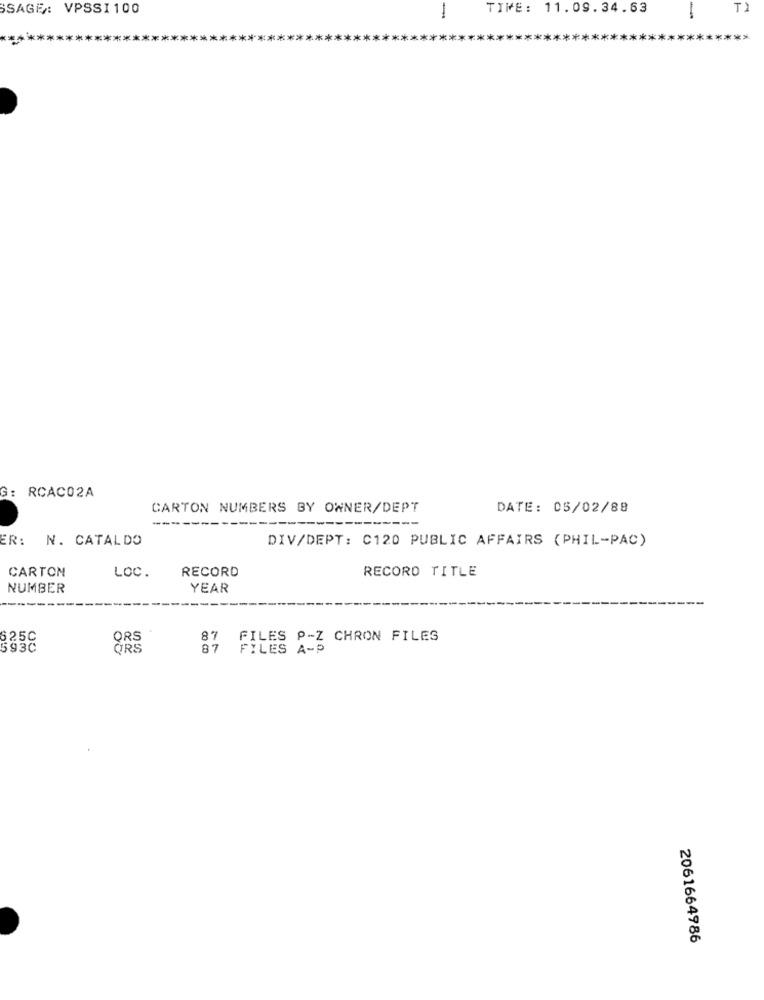
SSAGE: VPSSI100
TIME: 11.09.34.63
-
-
*********
**************
***
***********
****
******** >
G: RCACO2A
CARTON NUMBERS BY OWNER/DEPT
DATE: 05/02/88
--
ER: N. CATALDO
DIV/DEPT: C120 PUBLIC AFFAIRS (PHIL-PAC)
CARTON
LOC.
RECORD
RECORD TITLE
NUMBER
YEAR
---
625C
QRS
87
FILES P-Z CHRON FILES
593C
ORS
87
FILES A-D
2061664986